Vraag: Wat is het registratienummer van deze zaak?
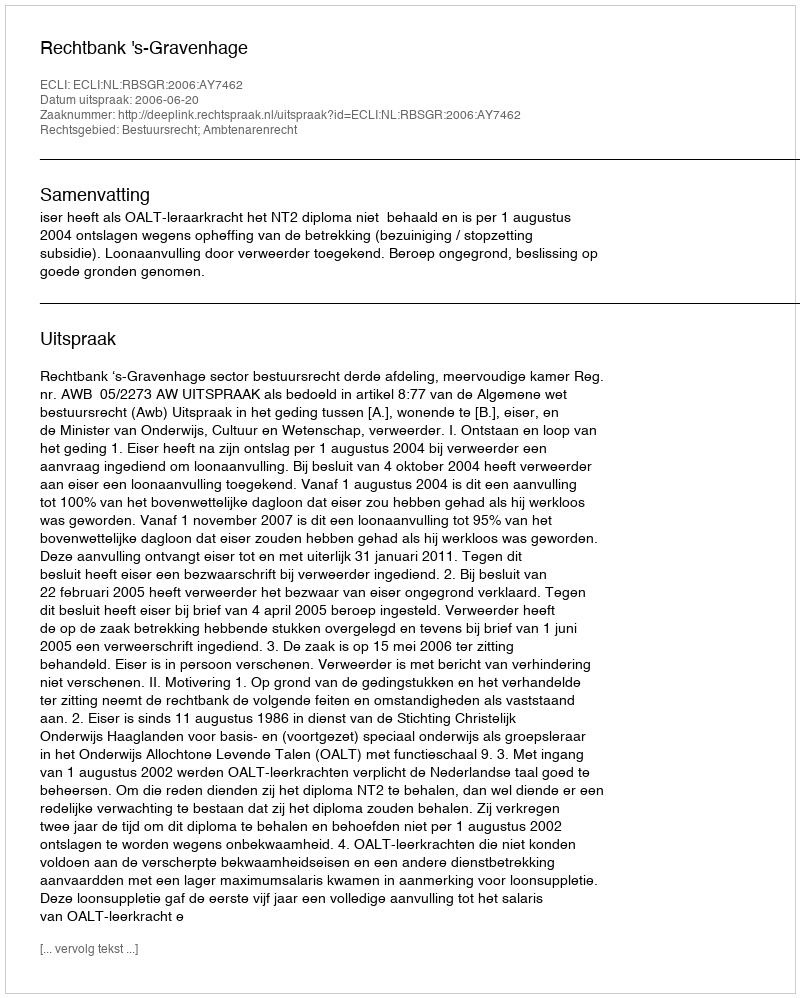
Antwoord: http://deeplink.rechtspraak.nl/uitspraak?id=ECLI:NL:RBSGR:2006:AY7462